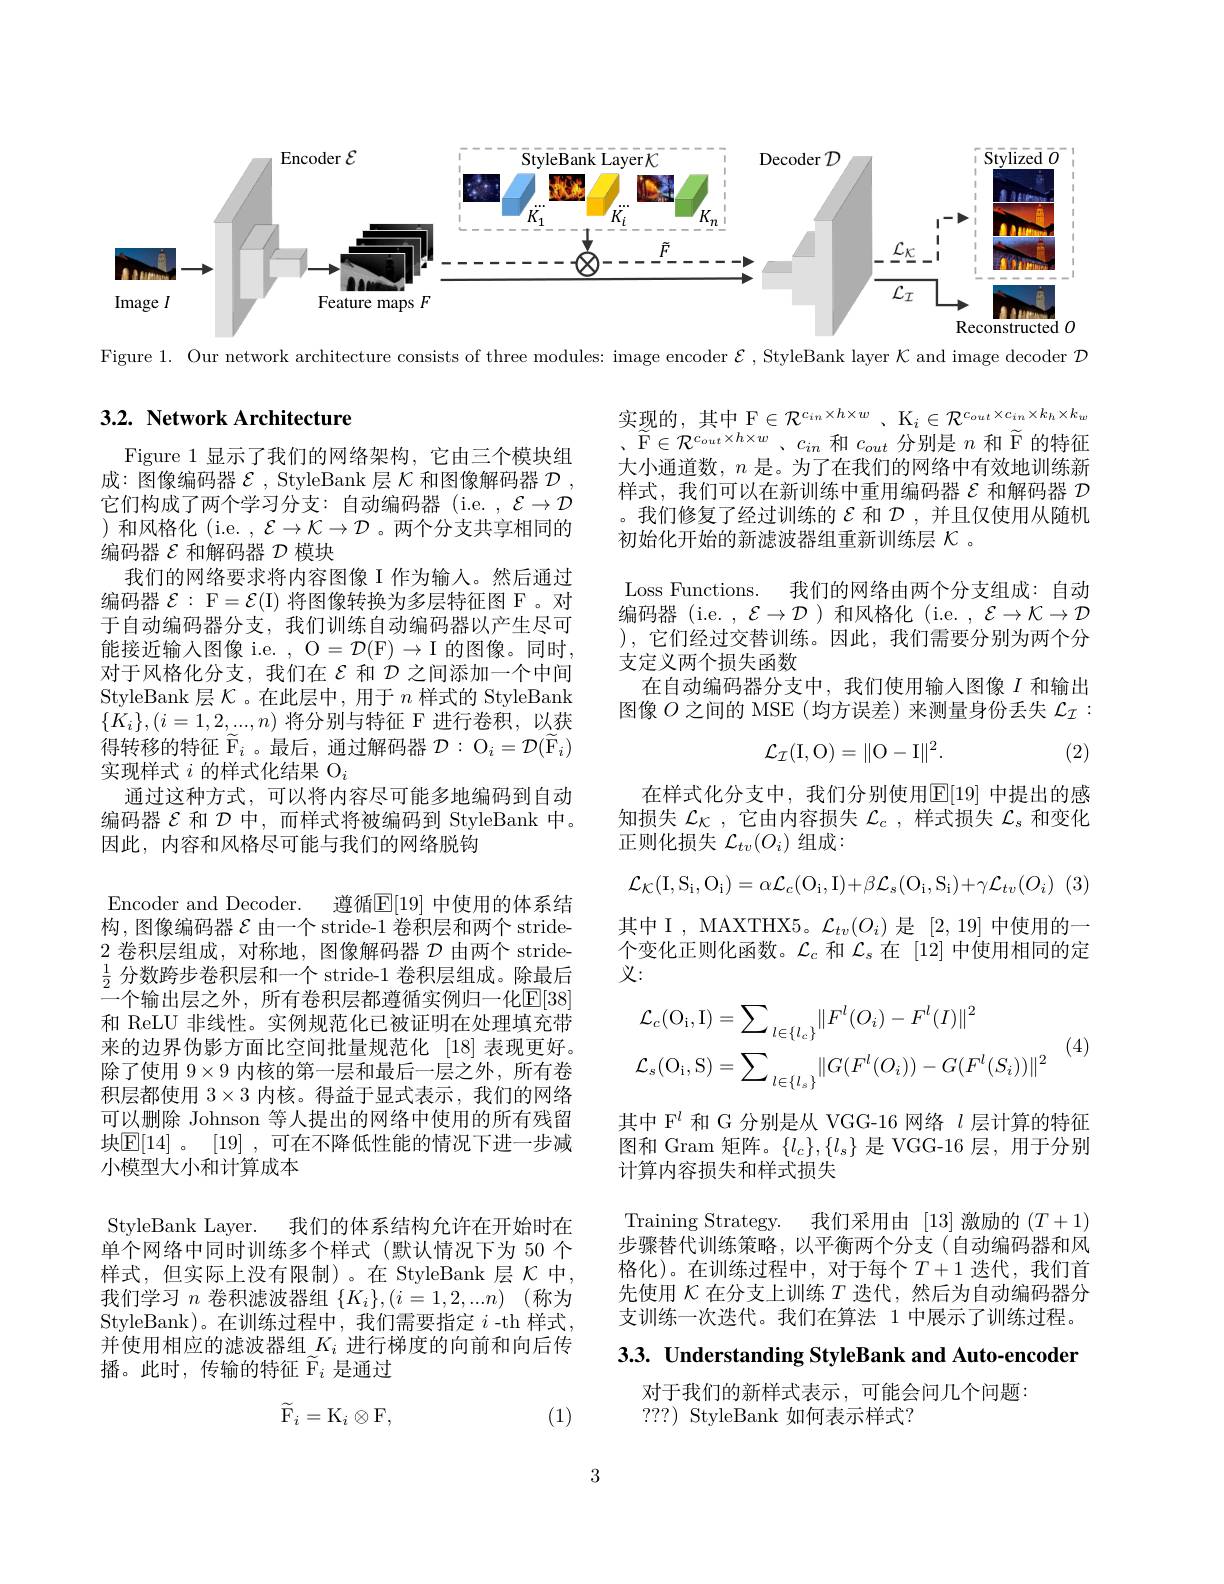
<FigureHere>

Figure 1. Our network architecture consists of three modules: image encoder $\mathcal{E}$ ,StyleBank layer $\mathcal{K}$ and image decoder $\mathcal{D}$

## 3.2. Network Architecture

实现的，其中F$\in \mathcal{R} _{in}^c\times h\times w$ , $\mathcal{K} _i\in \mathcal{R} ^{c_{out}\times c_{in}\times k_{h}\times k_{w}}$ 大小通道数，$n$是。为了在我们的网络中有效地训练新样式，我们可以在新训练中重用编码器$\varepsilon$和解码器$\mathcal{D}$ 。我们修复了经过训练的$\mathcal{E}$和$\mathcal{D}$,并且仅使用从随机初始化开始的新滤波器组重新训练层$\mathcal{K}$ 。
Loss Functions. 我们的网络由两个分支组成：自动编码器(i.e. , $\mathcal{E}\to\mathcal{D}$ )和风格化 (i.e. , $\mathcal{E}\to\mathcal{K}\to\mathcal{D}$ ),它们经过交替训练。因此，我们需要分别为两个分支定义两个损失函数
在自动编码器分支中，我们使用输人图像$I$和输出图像$O$之间的 MSE (均方误差)来测量身份丢失$\mathcal{L}_\mathcal{I}:$
$$\mathcal{L}_{\mathcal{I}}(\mathrm{I},\mathrm{O})=\|\mathrm{O}-\mathrm{I}\|^2.$$
(2)
$$\mathcal{L}_{\mathcal{K}}(\mathrm{I,S_i,O_i})=\alpha\mathcal{L}_c(\mathrm{O_i,I})+\beta\mathcal{L}_s(\mathrm{O_i,S_i})+\gamma\mathcal{L}_{tv}(O_i)\:($$
在样式化分支中，我们分别使用$\mathbb{E}[19]$ 中提出的感知损失$\mathcal{L}_{\mathcal{K}}$ ,它由内容损失$\mathcal{L}_c$ ,样式损失$\mathcal{L}_s$和变化正则化损失$\mathcal{L}_tv(O_i)$组成：
其中 I , MAXTHX5。$\mathcal{L}_tv(O_i)$是[2,19]中使用的一个变化正则化函数。$\mathcal{L}_c$和$\mathcal{L}_s$在 [12]中使用相同的定义：

Figure 1 显示了我们的网络架构，它由三个模块组成：图像编码器$\mathcal{E}$, StyleBank 层$\mathcal{K}$和图像解码器$\mathcal{D}$ 它们构成了两个学习分支：自动编码器(i.e.,$\mathcal{E}\to\mathcal{D}$ )和风格化(i.e. $,\mathcal{E}\to\mathcal{K}\to\mathcal{D}$。两个分支共享相同的编码器$\mathcal{E}$和解码器$\mathcal{D}$模块
我们的网络要求将内容图像 I 作为输入。然后通过编码器$\mathcal{E}:$ F$=\mathcal{E}(\mathbb{I})$将图像转换为多层特征图 F。对于自动编码器分支，我们训练自动编码器以产生尽可能接近输入图像 i.e. , O$=\mathcal{D}(\mathcal{F})\to\mathcal{I}$ 的图像。同时， 对于风格化分支，我们在$\varepsilon$和$\mathcal{D}$之间添加一个中间StyleBank 层$\mathcal{K}$。在此层中，用于$n$样式的 StyleBank $\{K_i\},(i=1,2,...,n)$将分别与特征 F 进行卷积，以获得转移的特征$\widetilde{\mathcal{F}}_i$。最后，通过解码器$\mathcal{D}:\mathcal{O}_i=\mathcal{D}(\widetilde{\mathcal{F}}_i)$ 实现样式$i\text{ 的样式化结果 O}_i$
通过这种方式，可以将内容尽可能多地编码到自动编码器$\mathcal{E}$和$\mathcal{D}$中，而样式将被编码到 StyleBank 中。因此，内容和风格尽可能与我们的网络脱钩
Encoder and Decoder. 遵循$\mathbb{E}[19]$ 中使用的体系结构，图像编码器$\mathcal{E}$由一个 stride-1 卷积层和两个 stride- 2卷积层组成，对称地，图像解码器$\mathcal{D}$由两个 stride- $\frac12$分数跨步卷积层和一个 stride-1 卷积层组成。除最后$^{2}$一个输出层之外，所有卷积层都遵循实例归一化$\mathbb{E}[38]$ 和 ReLU 非线性。实例规范化已被证明在处理填充带来的边界伪影方面比空间批量规范化 [18]表现更好。除了使用$9\times9$内核的第一层和最后一层之外，所有卷积层都使用$3\times3$内核。得益于显式表示，我们的网络可以删除 Johnson 等人提出的网络中使用的所有残留块$\mathbb{E}[14]$。[19],可在不降低性能的情况下进一步减小模型大小和计算成本
StyleBank Layer. 我们的体系结构允许在开始时在单个网络中同时训练多个样式(默认情况下为 50 个样式，但实际上没有限制)。在 StyleBank 层 $\mathcal{K}$ 中， 我们学习$n$卷积滤波器组$\{K_i\},(i=1,2,...n)$ (称为StyleBank)。在训练过程中，我们需要指定$i$ -th 样式， 并使用相应的滤波器组$\_K_i$ 进行梯度的向前和向后传播。此时，传输的特征$\widetilde{\mathcal{F}}_i$是通过
$$\widetilde{\mathrm{F}}_i=\mathrm{K}_i\otimes\mathrm{F},$$
$$\begin{aligned}&\mathcal{L}_{c}(\mathrm{O}_{\mathrm{i}},\mathrm{I})=\sum_{l\in\{l_{c}\}}\|F^{l}(O_{i})-F^{l}(I)\|^{2}\\&&\text{(4)}\\&\mathcal{L}_{s}(\mathrm{O}_{\mathrm{i}},\mathrm{S})=\sum_{l\in\{l_{s}\}}\|G(F^{l}(O_{i}))-G(F^{l}(S_{i}))\|^{2}\end{aligned}$$
其中 F$^{l}$和 G 分别是从 VGG-16 网络$l$层计算的特征图和 Gram 矩阵。$\{l_c\},\{l_s\}$是 VGG-16 层，用于分别计算内容损失和样式损失

Training Strategy.
我们采用由[13]激励的(T+1)
步骤替代训练策略，以平衡两个分支(自动编码器和风格化)。在训练过程中，对于每个$T+1$ 迭代，我们首先使用$\mathcal{K}$在分支上训练$T$迭代，然后为自动编码器分支训练一次迭代。我们在算法 1 中展示了训练过程。

3.3. Understanding StyleBank and Auto-encoder

对于我们的新样式表示，可能会问几个问题：
? ? ? $) {\mathrm{~StyleBank~如 何 表 示 样 式 ? }}$

(1)

3